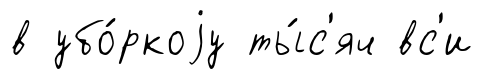
в убо́ркоjу ты́с'яч вс'и